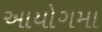
આયોગમા